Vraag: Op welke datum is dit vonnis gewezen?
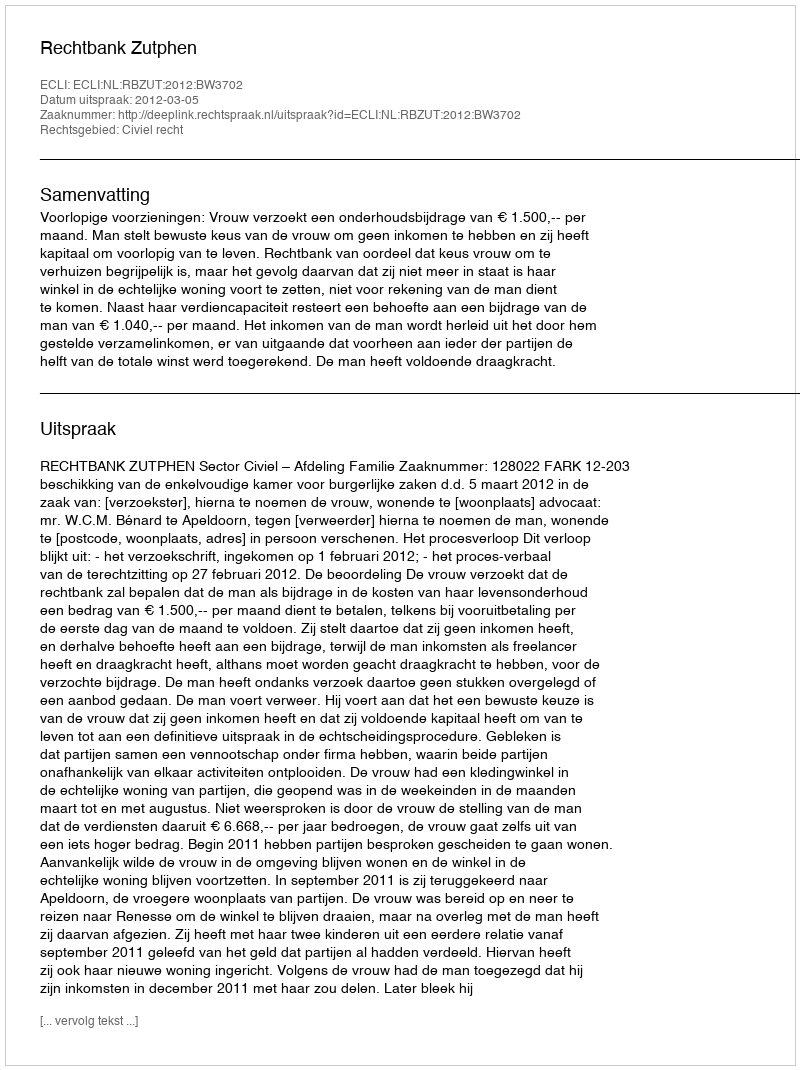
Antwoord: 2012-03-05